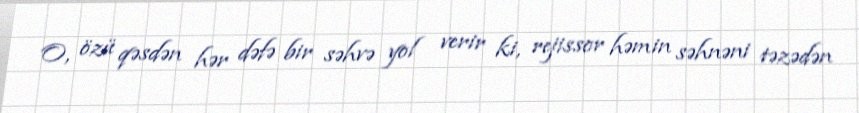
O, özü qəsdən hər dəfə bir səhvə yol verir ki, rejissor həmin səhnəni təzədən